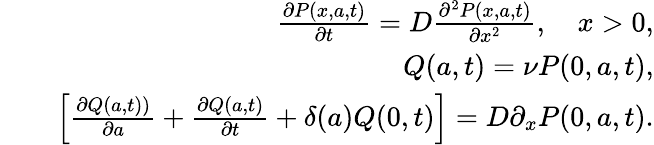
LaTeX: \begin{array}{rlr}&{}&{\frac{\partial P(x,a,t)}{\partial t}=D\frac{\partial^{2}P(x,a,t)}{\partial x^{2}},\quad x>0,}\\ &{}&{Q(a,t)=\nu P(0,a,t),}\\ &{}&{\left[\frac{\partial Q(a,t))}{\partial a}+\frac{\partial Q(a,t)}{\partial t}+\delta(a)Q(0,t)\right]=D\partial_{x}P(0,a,t).}\end{array}